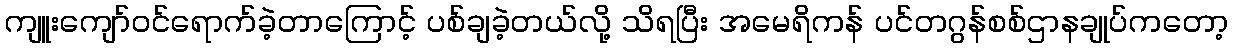
ကျူးကျော်ဝင်ရောက်ခဲ့တာကြောင့် ပစ်ချခဲ့တယ်လို့ သိရပြီး အမေရိကန် ပင်တဂွန်စစ်ဌာနချုပ်ကတော့